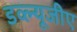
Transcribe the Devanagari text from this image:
डव्ल्यूजीए